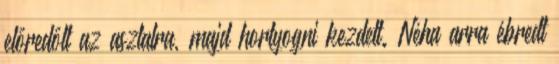
előredőlt az asztalra, majd hortyogni kezdett. Néha arra ébredt